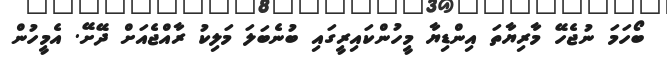
ބޯހަމަ ނުޖެހޭ މާރިޔާތަ އިންޑިޔާ މީހުންކައިރީގައި ބުނެބަލަ މަލިކު ރާއްޖެއަށް ދޭށޭ. އެމީހުން